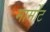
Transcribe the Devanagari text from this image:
मार्मोंट